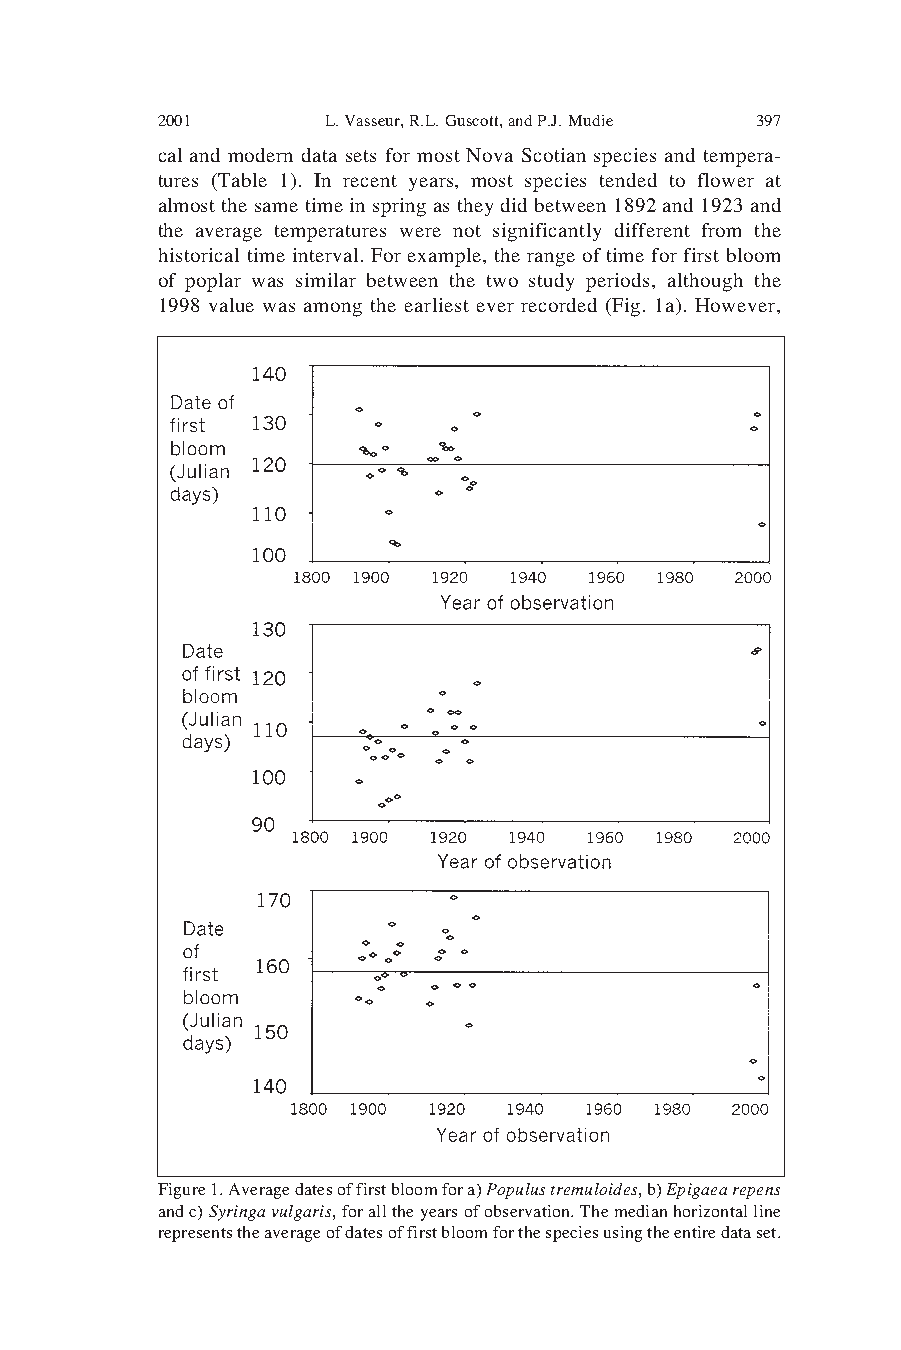
2001        L. Vasseur, R.L. Guscott, and P.J. Mudie 397
 cal and modern data sets for most Nova Scotian species and tempera-
 tures (Table 1). In recent years, most species tended to flower at
 almost the same time in spring as they did between 1892 and 1923 and
 the average temperatures were not significantly different from the
 historical time interval. For example, the range of time for first bloom
 of poplar was similar between the two study periods, although the
 1998 value was among the earliest ever recorded (Fig. 1a). However,
 Figure 1. Average dates of first bloom for a) Populus tremuloides, b) Epigaea repens
 and c) Syringa vulgaris, for all the years of observation. The median horizontal line
 represents the average of dates of first bloom for the species using the entire data set.